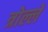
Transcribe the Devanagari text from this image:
त्रोल्ले